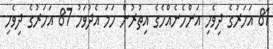
81 އަހަރުގެ ދިވެހި އަންހެނެއްހެގެ އިތުރުން ހަމަ އެދުވަހު 87 އަހަރުގެ ދިވެހި